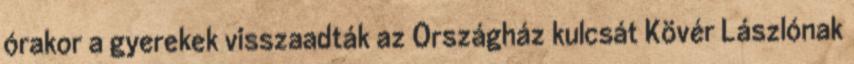
órakor a gyerekek visszaadták az Országház kulcsát Kövér Lászlónak